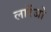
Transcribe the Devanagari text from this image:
लारेंजो